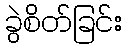
ခွဲစိတ်ခြင်း